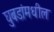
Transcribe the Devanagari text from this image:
घुबडांमधील